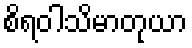
စိရဝါသိမာတုယာ